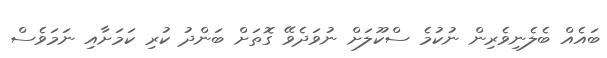
ބައެއް ބެލެނިވެރިން ނުކުމެ ސްކޫލަށް ނުވަދެވޭ ގޮތަށް ބަންދު ކުރި ކަމަށާއި ނަމަވެސް